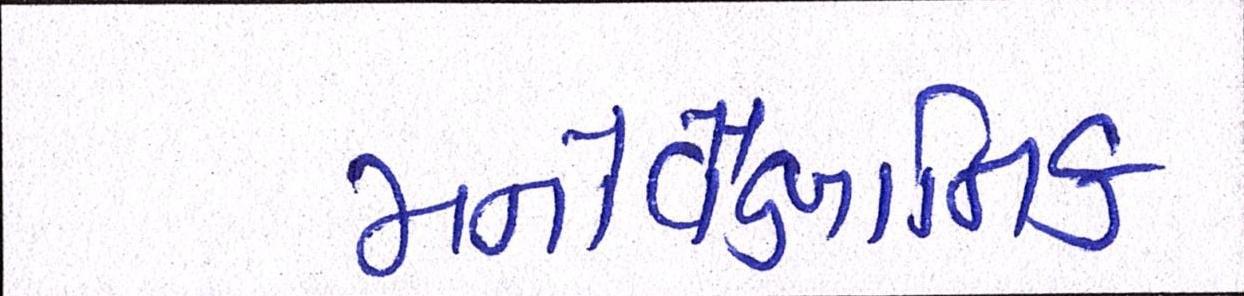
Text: મનોવૈજ્ઞાાનિક